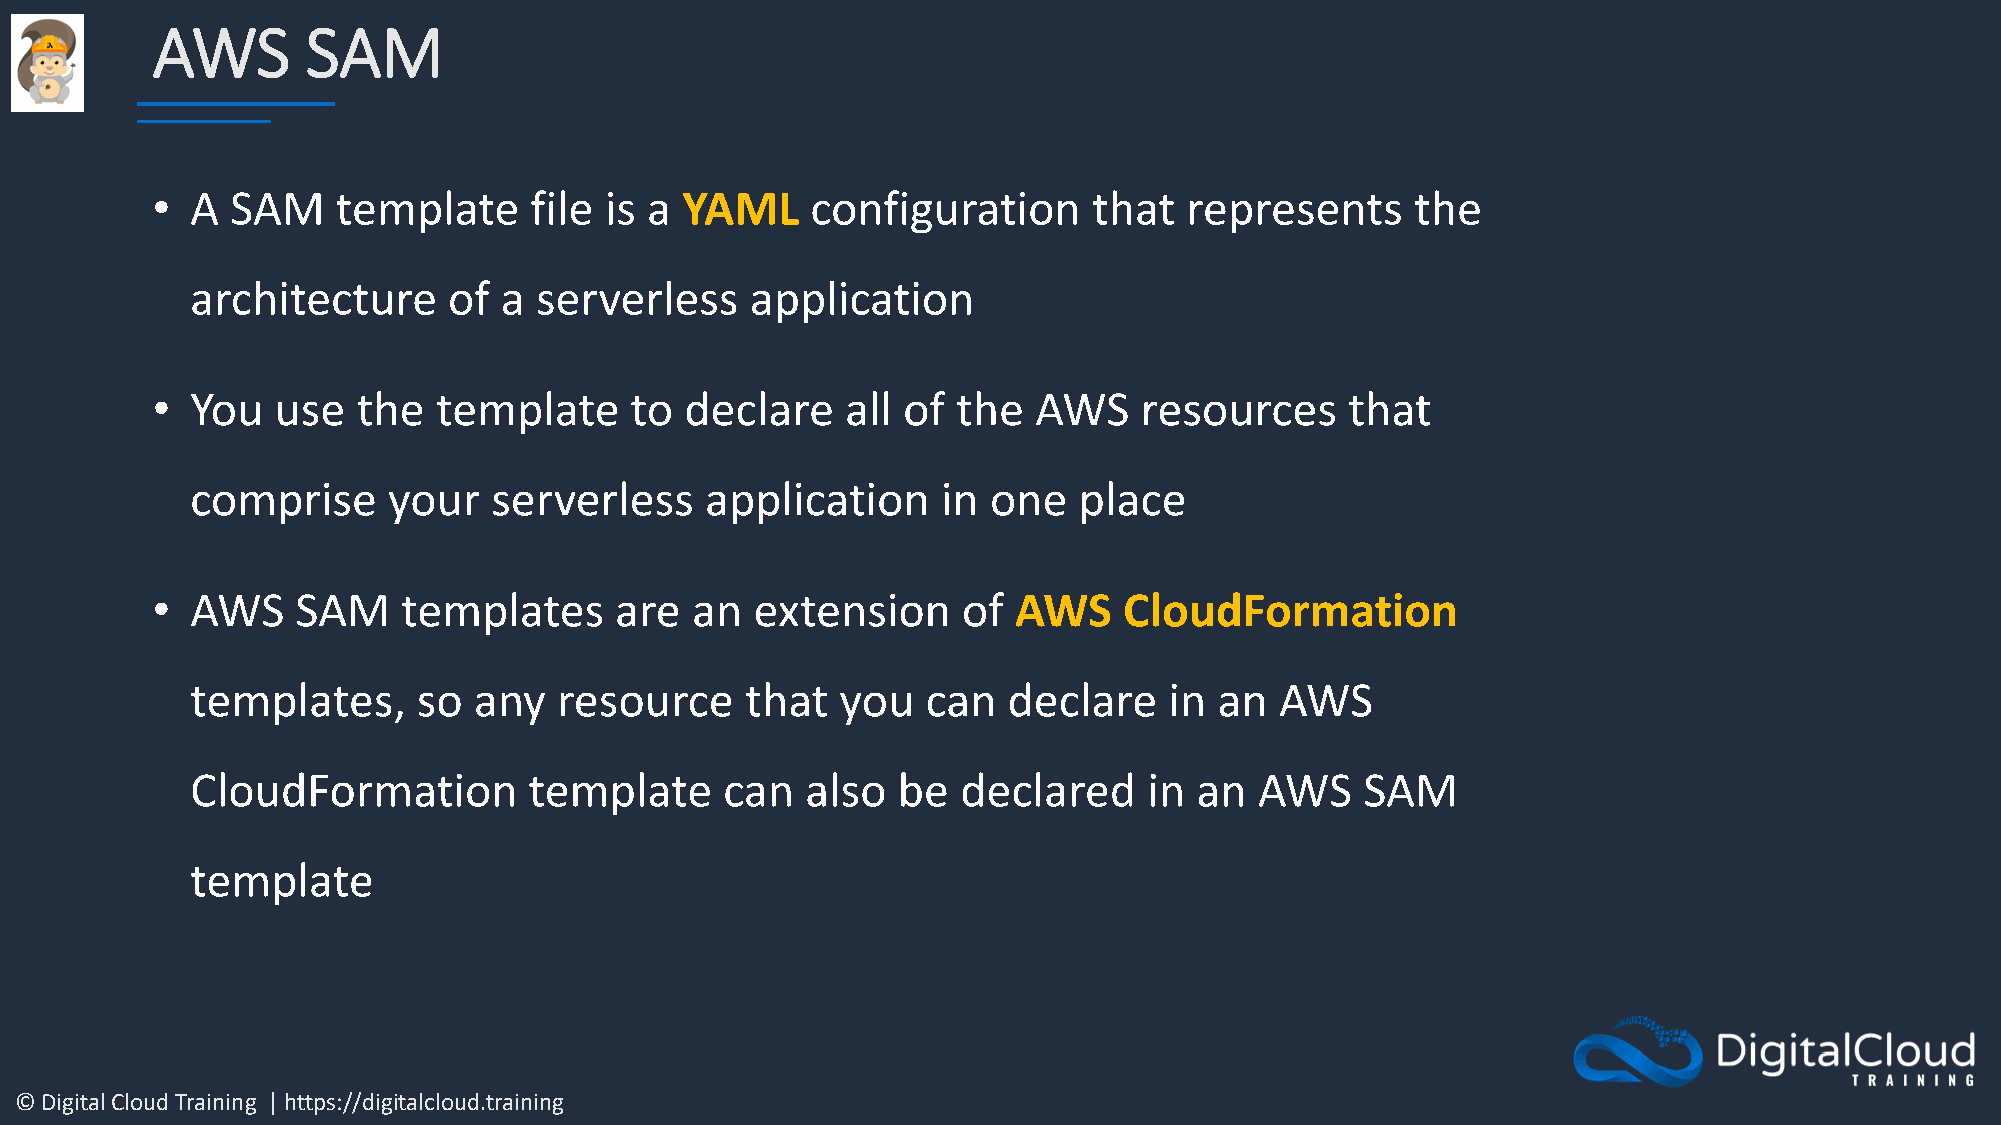
AWS       SAM
 •  A SAM    template     file is a YAML     configuration     that  represents      the
 architecture     of a serverless     application
 •  You  use   the  template     to declare    all of the   AWS   resources     that
 comprise     your   serverless    application    in  one  place
 •  AWS    SAM    templates     are  an  extension     of AWS    CloudFormation
 templates,     so any   resource    that   you  can   declare   in  an  AWS
 CloudFormation        template     can  also  be   declared    in an  AWS    SAM
 template
 © Digital Cloud Training | https://digitalcloud.training